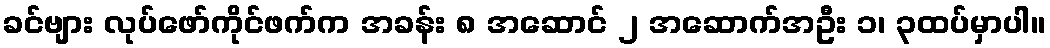
ခင်ဗျား လုပ်ဖော်ကိုင်ဖက်က အခန်း ၈ အဆောင် ၂ အဆောက်အဦး ၁၊ ၃ထပ်မှာပါ။